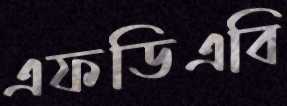
এফডিএবি